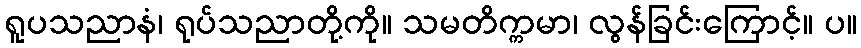
ရူပသညာနံ၊ ရုပ်သညာတို့ကို။ သမတိက္ကမာ၊ လွန်ခြင်းကြောင့်။ ပ။